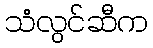
သံလွင်ဆီက